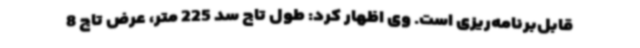
قابل‌برنامه‌ریزی است. وی اظهار کرد: طول تاج سد 225 متر، عرض تاج 8